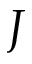
J